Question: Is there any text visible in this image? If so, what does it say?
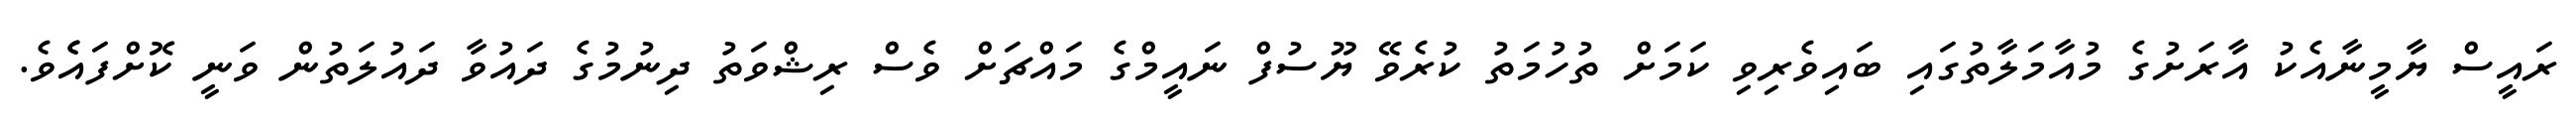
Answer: ރައީސް ޔާމީނާއެކު އާރަށުގެ މުއާމަލާތުގައި ބައިވެރިވި ކަމަށް ތުހުމަތު ކުރެވޭ ޔޫސުފް ނައީމްގެ މައްޗަށް ވެސް ރިޝްވަތު ދިނުމުގެ ދައުވާ ދައުލަތުން ވަނީ ކޮށްފައެެވެ.